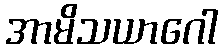
အာမိသယာဂေါ